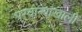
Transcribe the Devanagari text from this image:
परवान्यांखाली